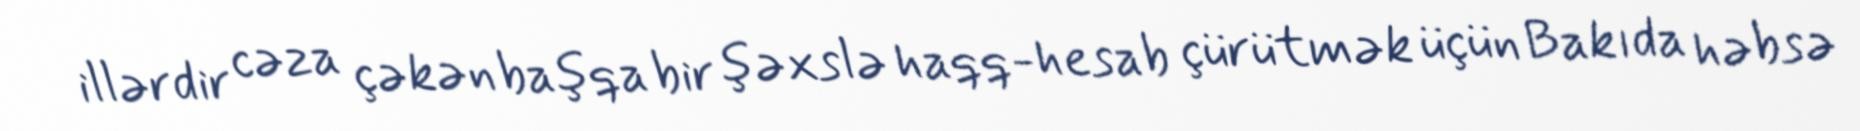
illərdir cəza çəkən başqa bir şəxslə haqq-hesab çürütmək üçün Bakıda həbsə